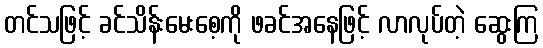
တင်သဖြင့် ခင်သိန်းမေးစေ့ကို ဖခင်အနေဖြင့် လာလုပ်တဲ့ ဆွေးကြ